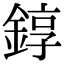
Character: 錞